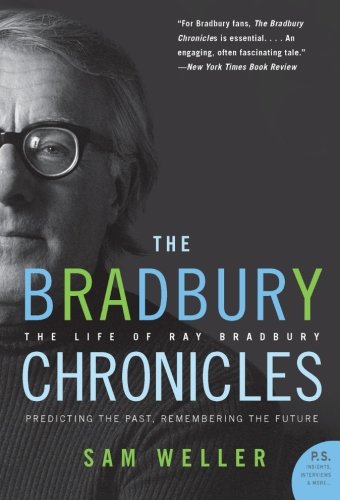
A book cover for The Bradbury Chronicles: The Life of Ray Bradbury (P.S.); Sam Weller; Science Fiction & Fantasy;